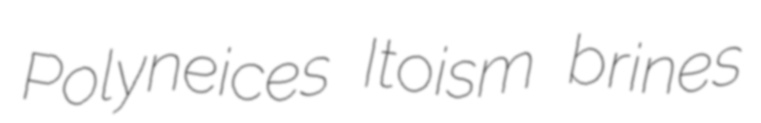
Polyneices Itoism brines